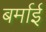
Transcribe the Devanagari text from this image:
बर्माई